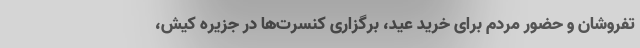
تفروشان و حضور مردم برای خرید عید، برگزاری کنسرت‌ها در جزیره کیش،